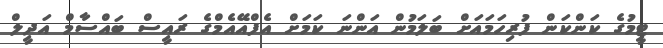
ޓީމުގެ ކަންކަން ފުރިހަމައަށް ބަލަމުން އަންނަ ކަމަށް އެފްއޭއެމްގެ ރައީސް ބައްސާމް އަދީލް